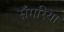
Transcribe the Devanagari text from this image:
सँगरिया